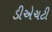
ડીએચટી